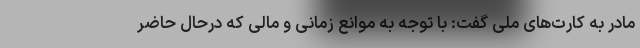
مادر به کارت‌های ملی گفت: با توجه به موانع زمانی و مالی که درحال حاضر